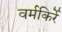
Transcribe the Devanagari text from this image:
वर्मकिर्रे